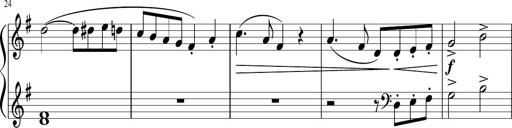
Title: 6 Progressive Sonatinas
Composer: Johann Anton AndrÃ©